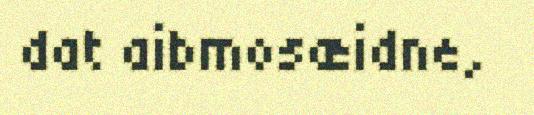
dat aibmosæidne,